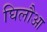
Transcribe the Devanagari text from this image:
घिलौआ